38_143685_box_Incident_Summaries_101-172
Agency: Department of War
Page 74
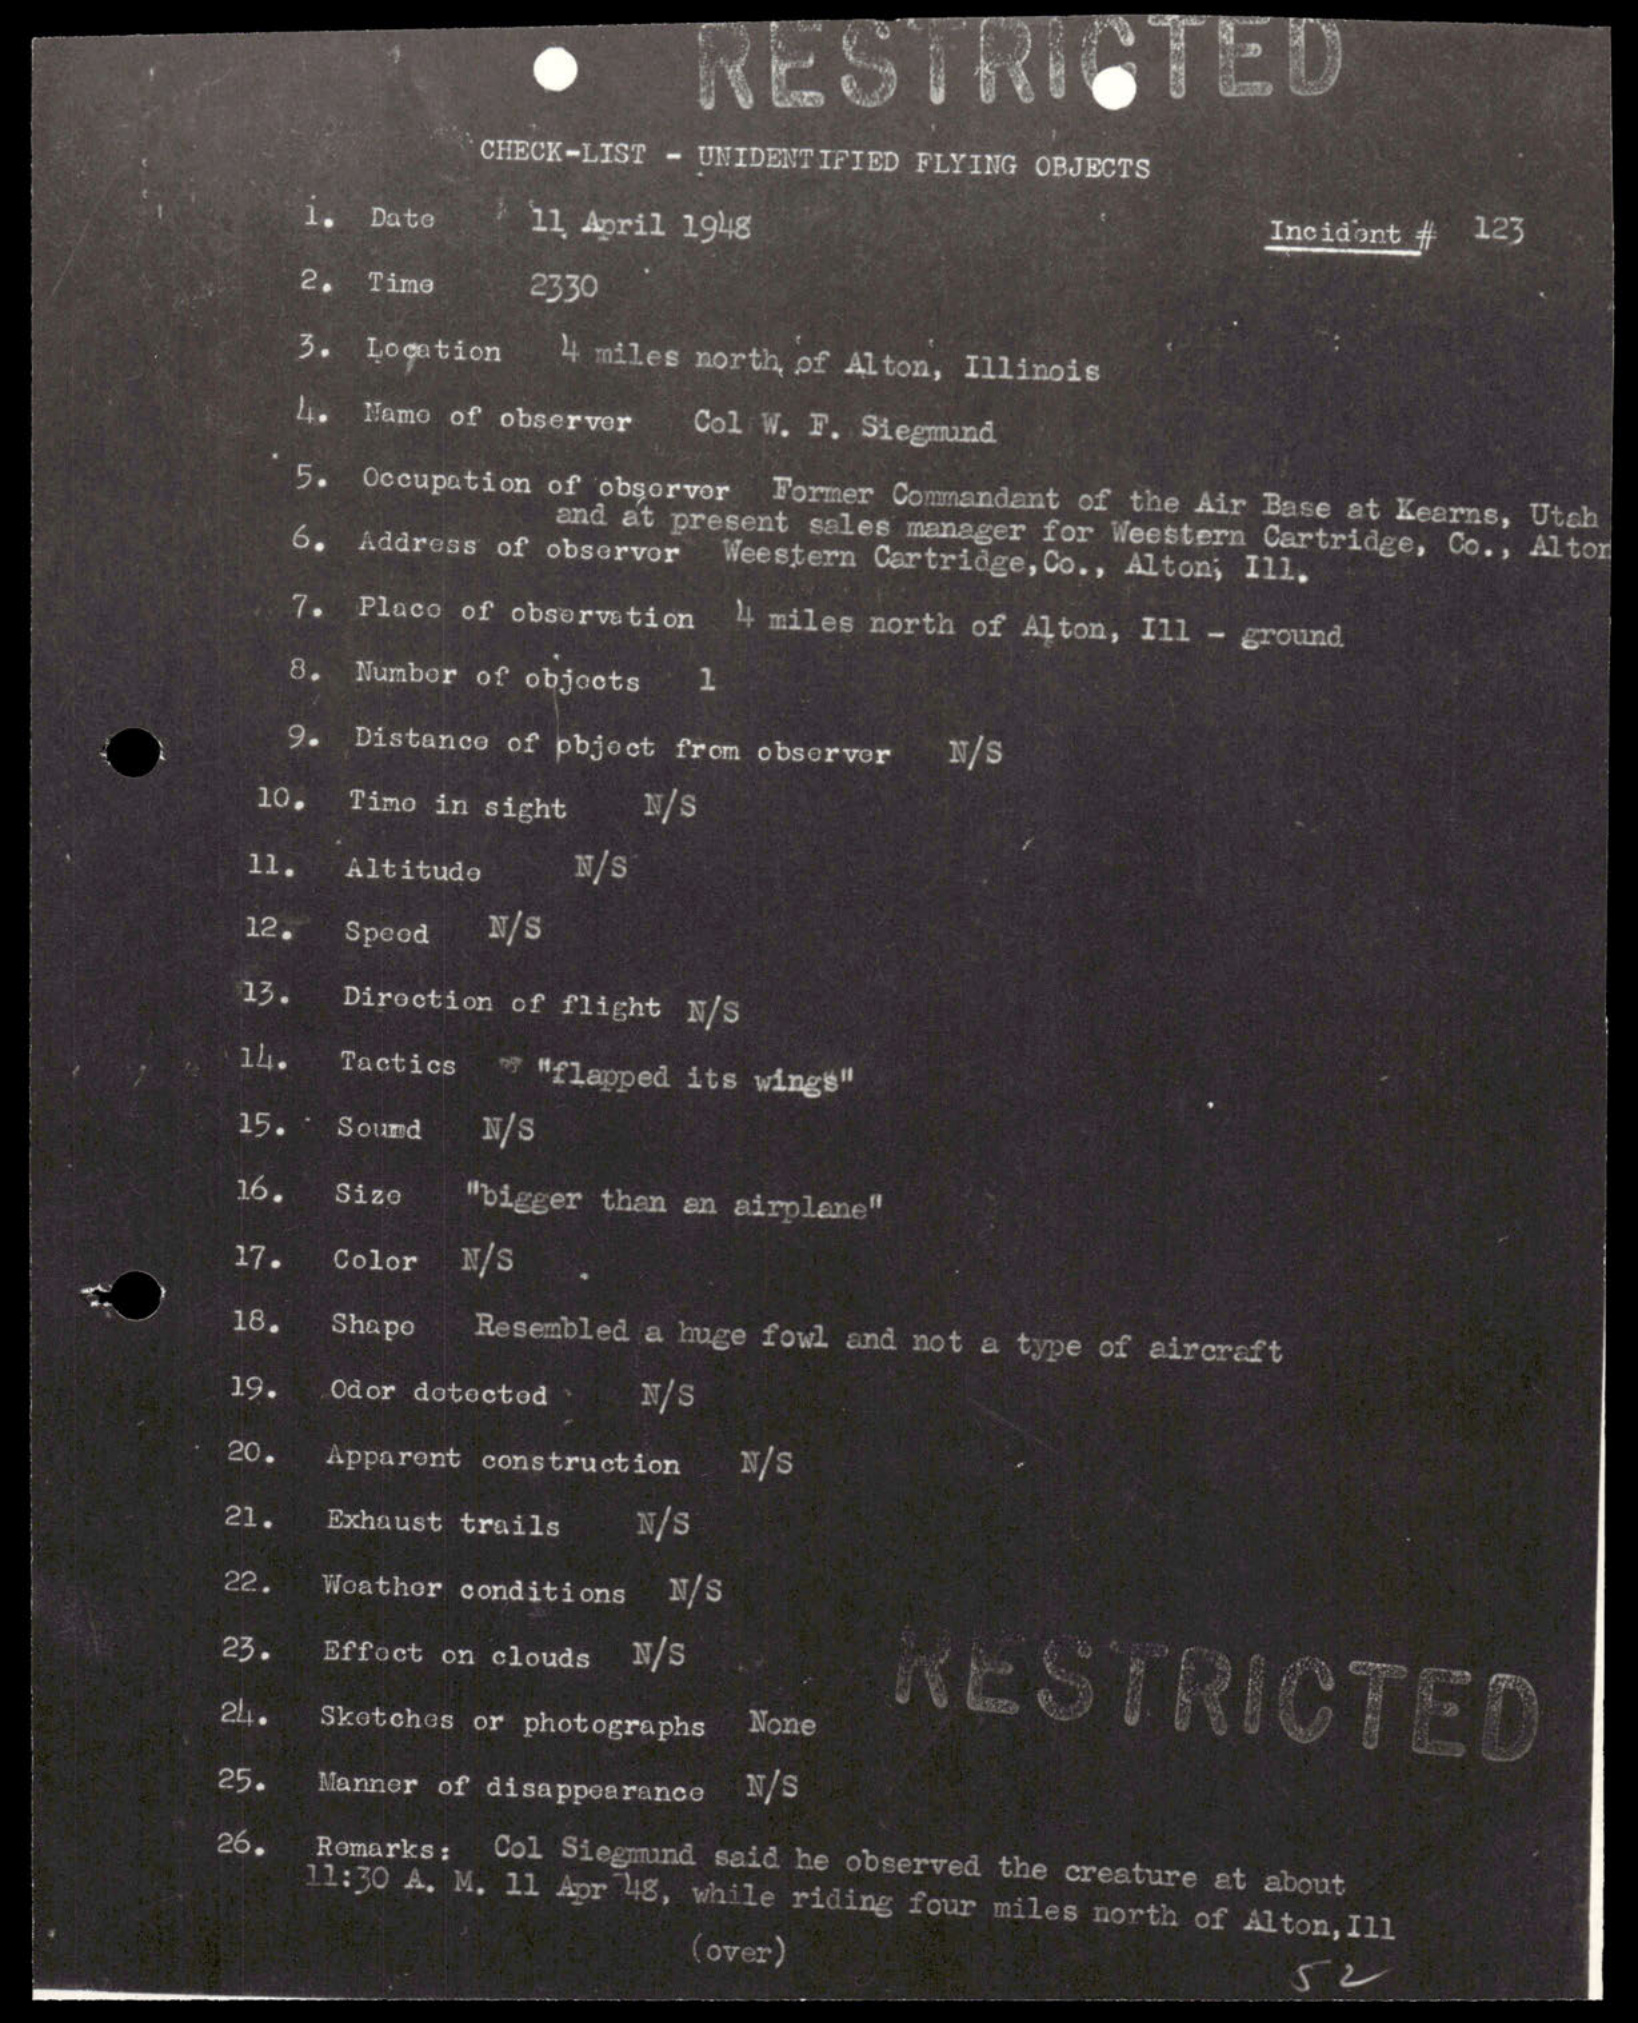